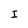
Character: I